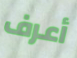
أعرف